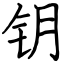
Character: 钥